Document type: Community of property
Year: 1312
Scribe: Pere Amorós
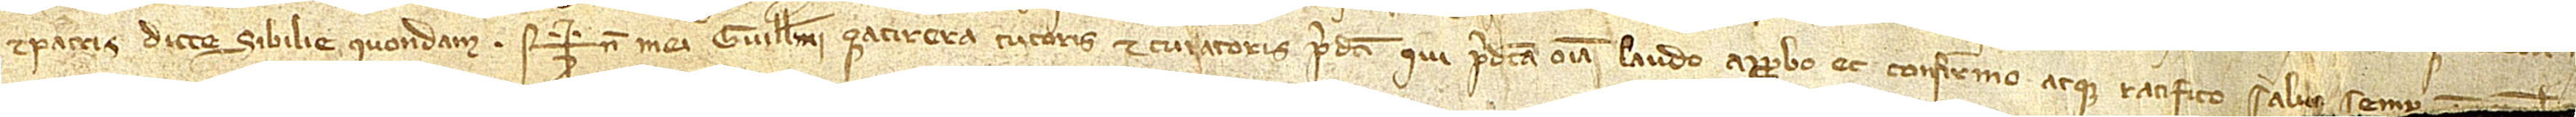
et patris dicte Sibilie, quondam. Sig+num mei Guillelmi Çacirera, tutoris et curatoris predicti, qui predicta omnia laudo, approbo et confirmo atque ratifico, salvo semper [...]